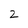
Character: 2